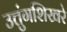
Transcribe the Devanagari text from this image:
उत्तुंगशिखरे